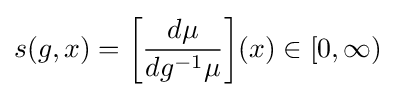
s(g,x)={\bigg [}{\frac {d\mu }{dg^{-1}\mu }}{\bigg ]}(x)\in [0,\infty )